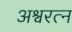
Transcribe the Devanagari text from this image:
अश्वरत्न